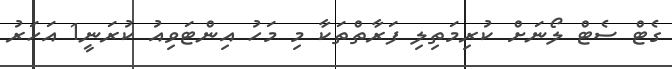
ގެޓް ސެޓް ލޯނަށް ކުރިމަތިލި ފަރާތްތަކާ މި މަހު އިންޓަވިއު ކުރަނީ1 އަހަރު